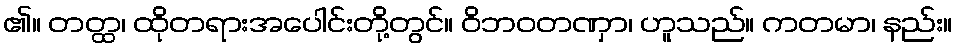
၏။ တတ္ထ၊ ထိုတရားအပေါင်းတို့တွင်။ ဝိဘဝတဏှာ၊ ဟူသည်။ ကတမာ၊ နည်း။